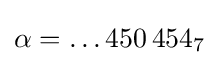
\alpha =\ldots 450\,454_{7}